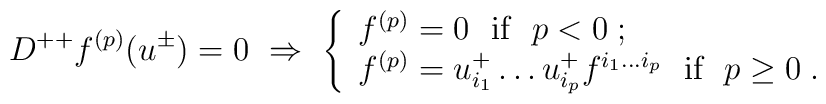
D^{++}f^{(p)}(u^\pm)=0 \ \Rightarrow \  \left\{  \begin{array}{l}    f^{(p)} = 0 \ \ \mbox{if}\ \ p<0\;; \\    f^{(p)} = u^+_{i_1}\ldots u^+_{i_p}f^{i_1\ldots i_p} \ \ \mbox{if}\ \ p\geq0\;.  \end{array} \right.